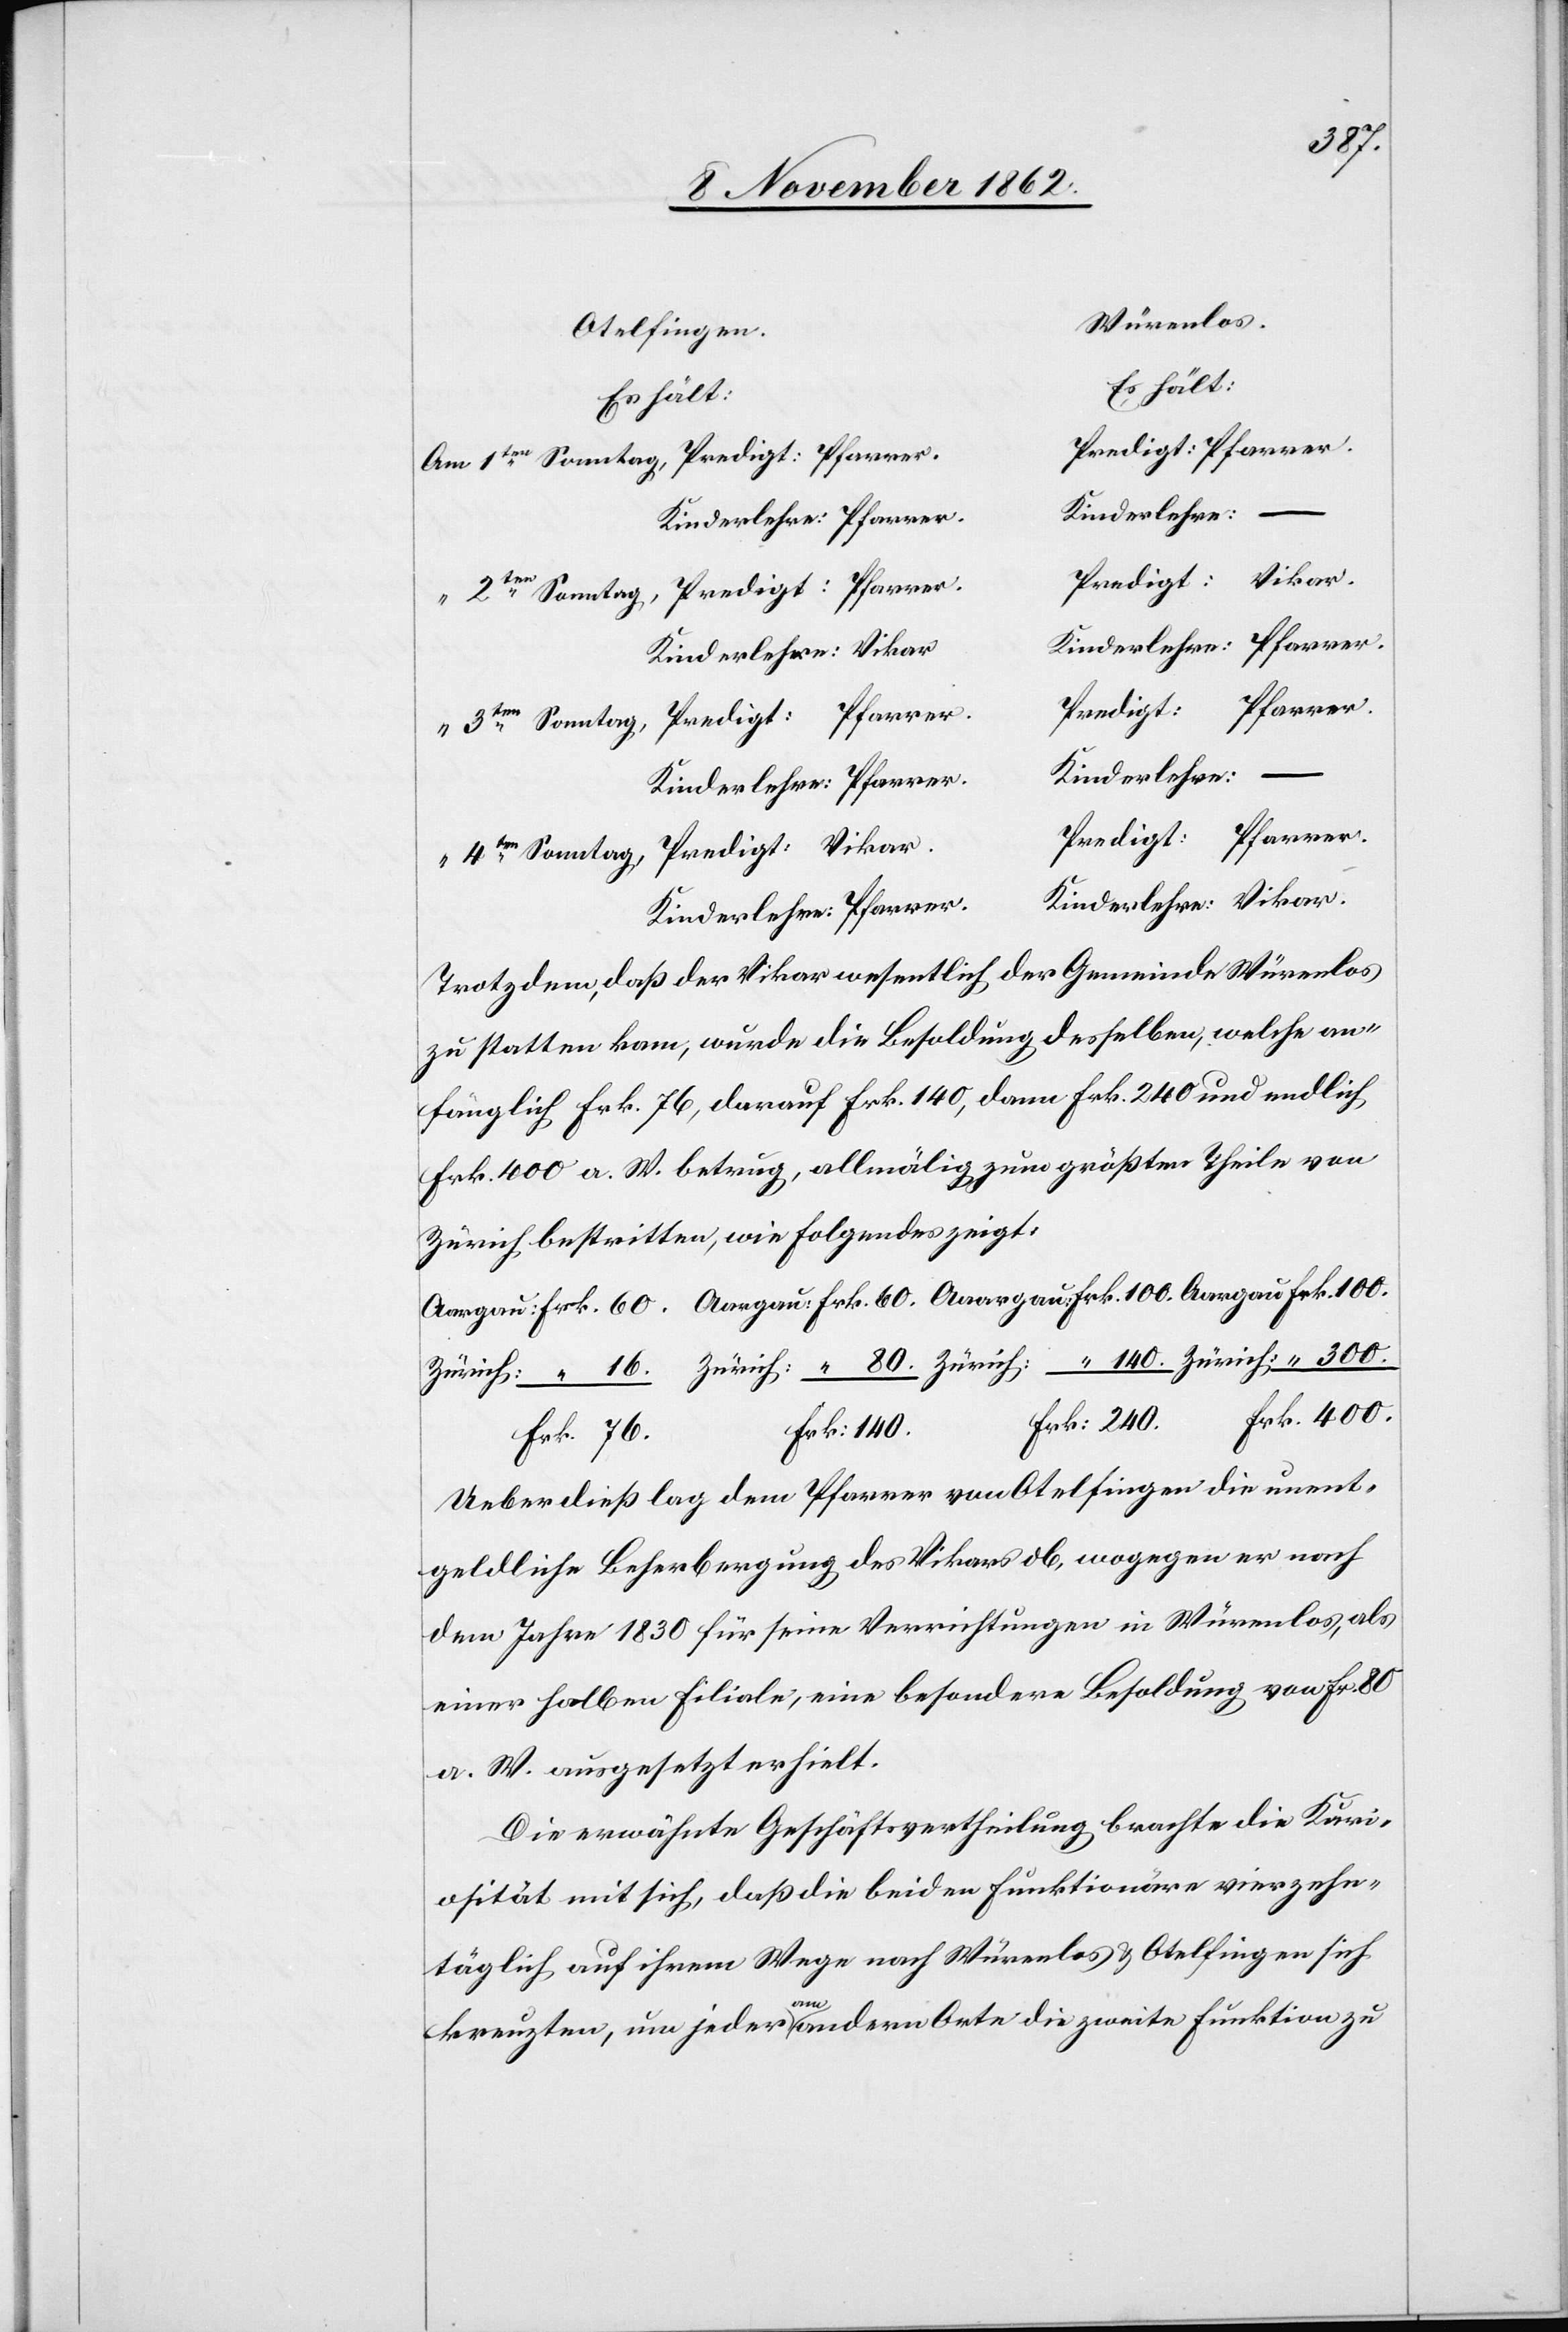
240.
Würenlos
Otelfingen
Es hält:
Es hält:
Aargau:
Kinderlehre:
Trotzdem, daß der Vikar wesentlich der Gemeinde Würenlos
zu statten kam, wurde die Besoldung desselben, welche an¬
fänglich Frk. 76, darauf Frk. 140, dann Frk. 240 und endlich
Zürich bestritten, wie folgendes zeigt,
Frk. 400
Ueberdieß lag dem Pfarrer von Otelfingen die unent¬
geldliche Beherbergung des Vikars ob, wogegen er nach
dem Jahre 1830 für seine Verrichtungen in Würrenlos, als
einer halben Filiale, eine besondere Besoldung von Fr.
a. W. ausgesetzt erhielt.
Die erwähnte Geschäftsvertheilung brachte die Kuri¬
osität mit sich, daß die beiden Funktionäre vierzehn¬
täglich auf ihrem Wege nach Würenlos u. Otelfingen sich
k.
kreuzten, um jeder am andern Orte die zweite Funktion zu